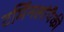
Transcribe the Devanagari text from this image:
टर्मिनलांपैकी